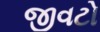
જીવટો